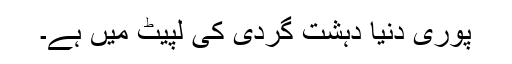
پوری دنیا دہشت گردی کی لپیٹ میں ہے۔